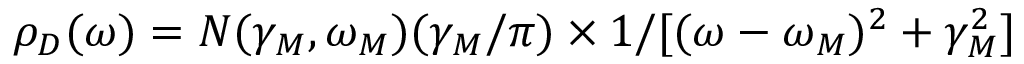
\rho _ { D } ( \omega ) = N ( \gamma _ { M } , \omega _ { M } ) ( \gamma _ { M } / \pi ) \times 1 / [ ( \omega - \omega _ { M } ) ^ { 2 } + \gamma _ { M } ^ { 2 } ]